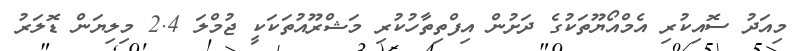
މިއަދު ސޮއިކުރި އެމްއޯޔޫތަކުގެ ދަށުން އިފްތިތާހުކުރި މަޝްރޫއުތަކަކީ ޖުމްލަ 2.4 މިލިޔަން ޑޮލަރު